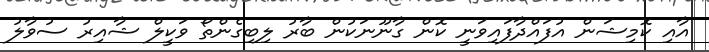
އާއި ކޮމިޝަން އުފައްދާފައިވަނީ ކޮން ގާނޫނަކުން ބާރު ލިބިގެންތޯ ވަކީލް ޝާއިރު ސުވާލު